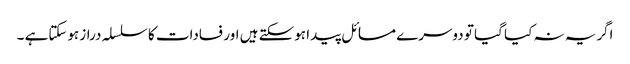
اگریہ نہ کیا گیا تو دوسرے مسائل پیدا ہوسکتے ہیں اور فسادات کا سلسلہ دراز ہوسکتاہے ۔